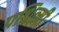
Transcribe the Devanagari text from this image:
पश्चित्मी